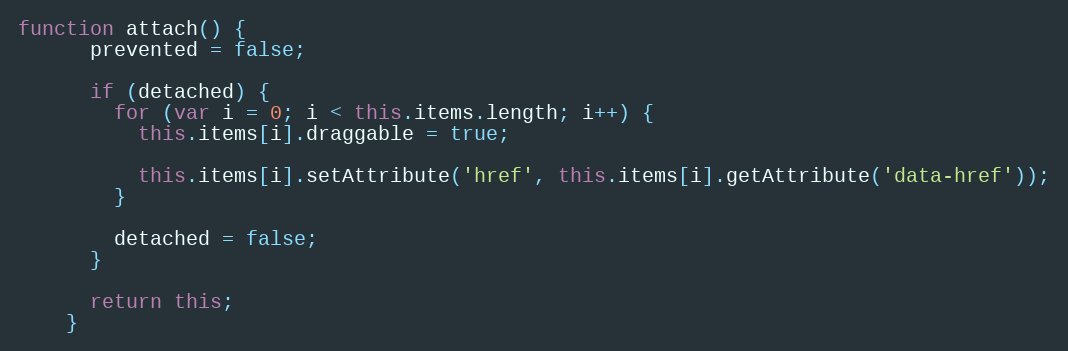
Language: JavaScript
function attach() {
      prevented = false;

      if (detached) {
        for (var i = 0; i < this.items.length; i++) {
          this.items[i].draggable = true;

          this.items[i].setAttribute('href', this.items[i].getAttribute('data-href'));
        }

        detached = false;
      }

      return this;
    }